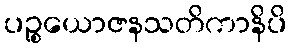
ပဉ္စယောဇနသတိကာနိပိ